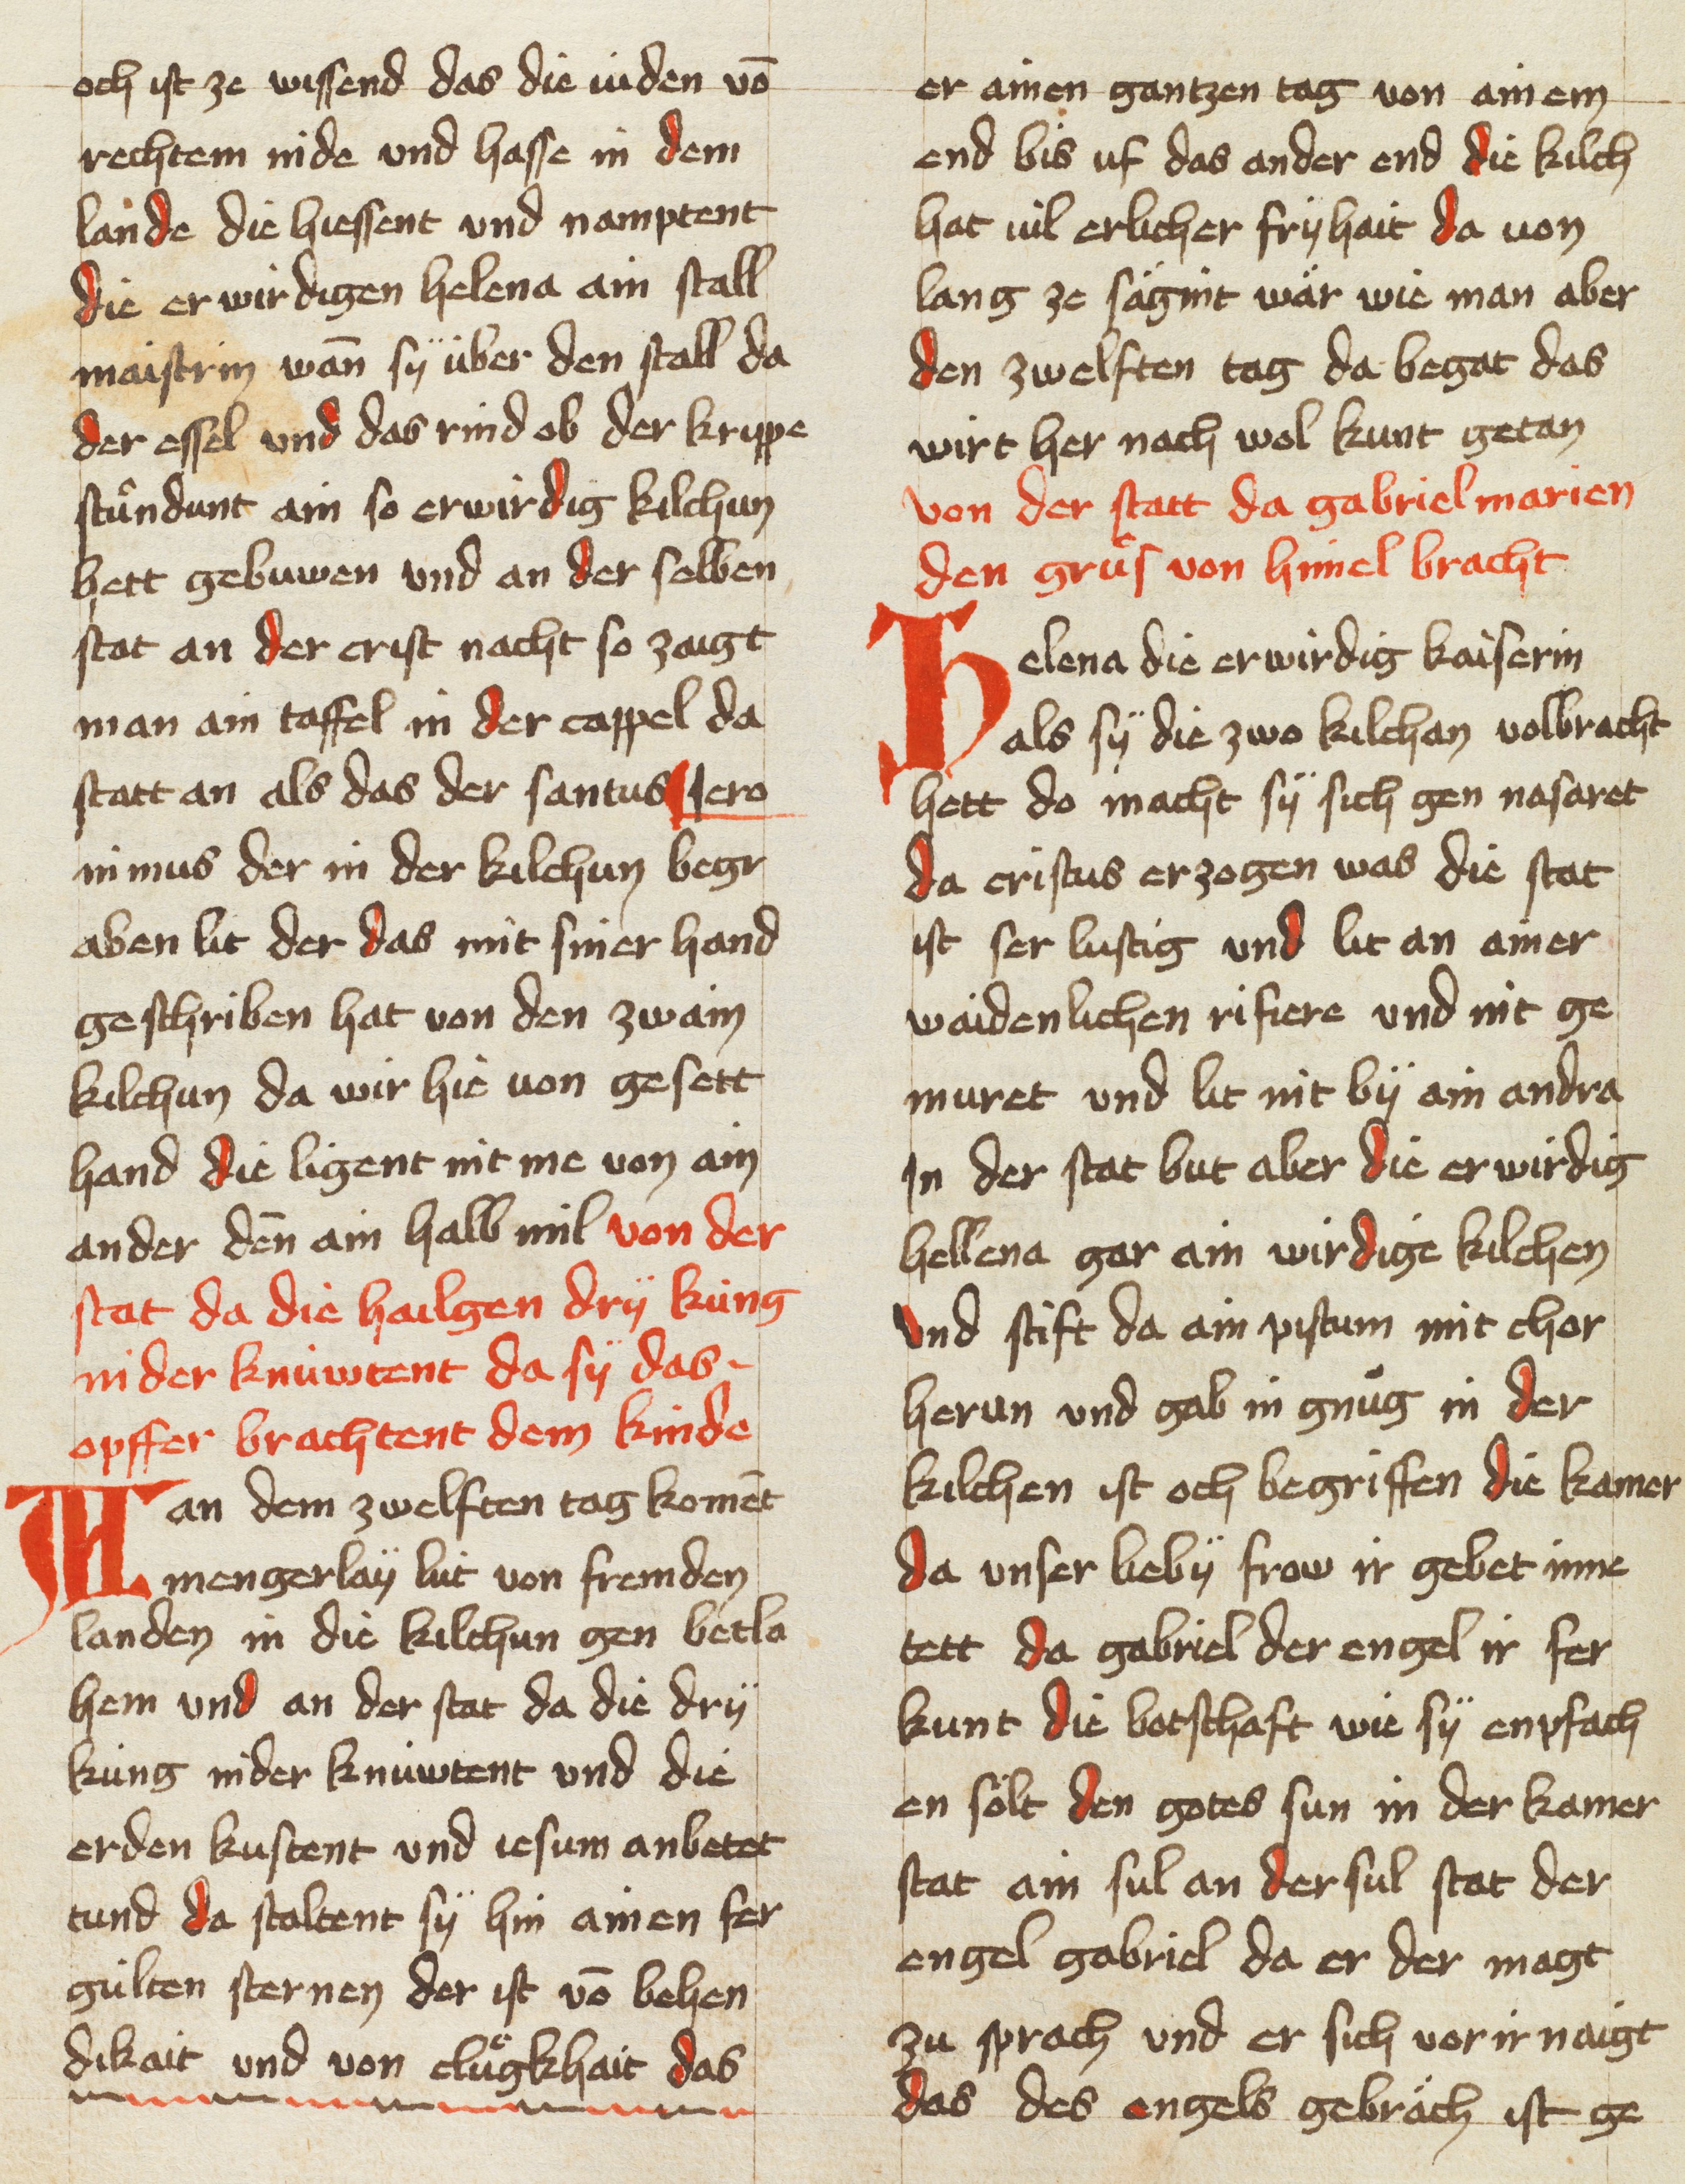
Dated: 1453–1454